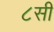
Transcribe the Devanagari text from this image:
८सी